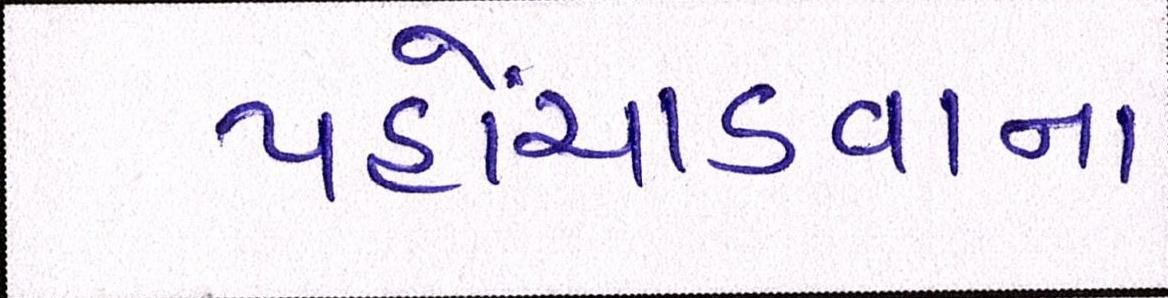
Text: પહોંચાડવાના